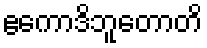
ဧကောဒိဘူတောတိ